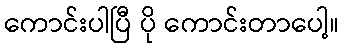
ကောင်းပါပြီ ပို ကောင်းတာပေါ့။